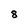
Character: 8